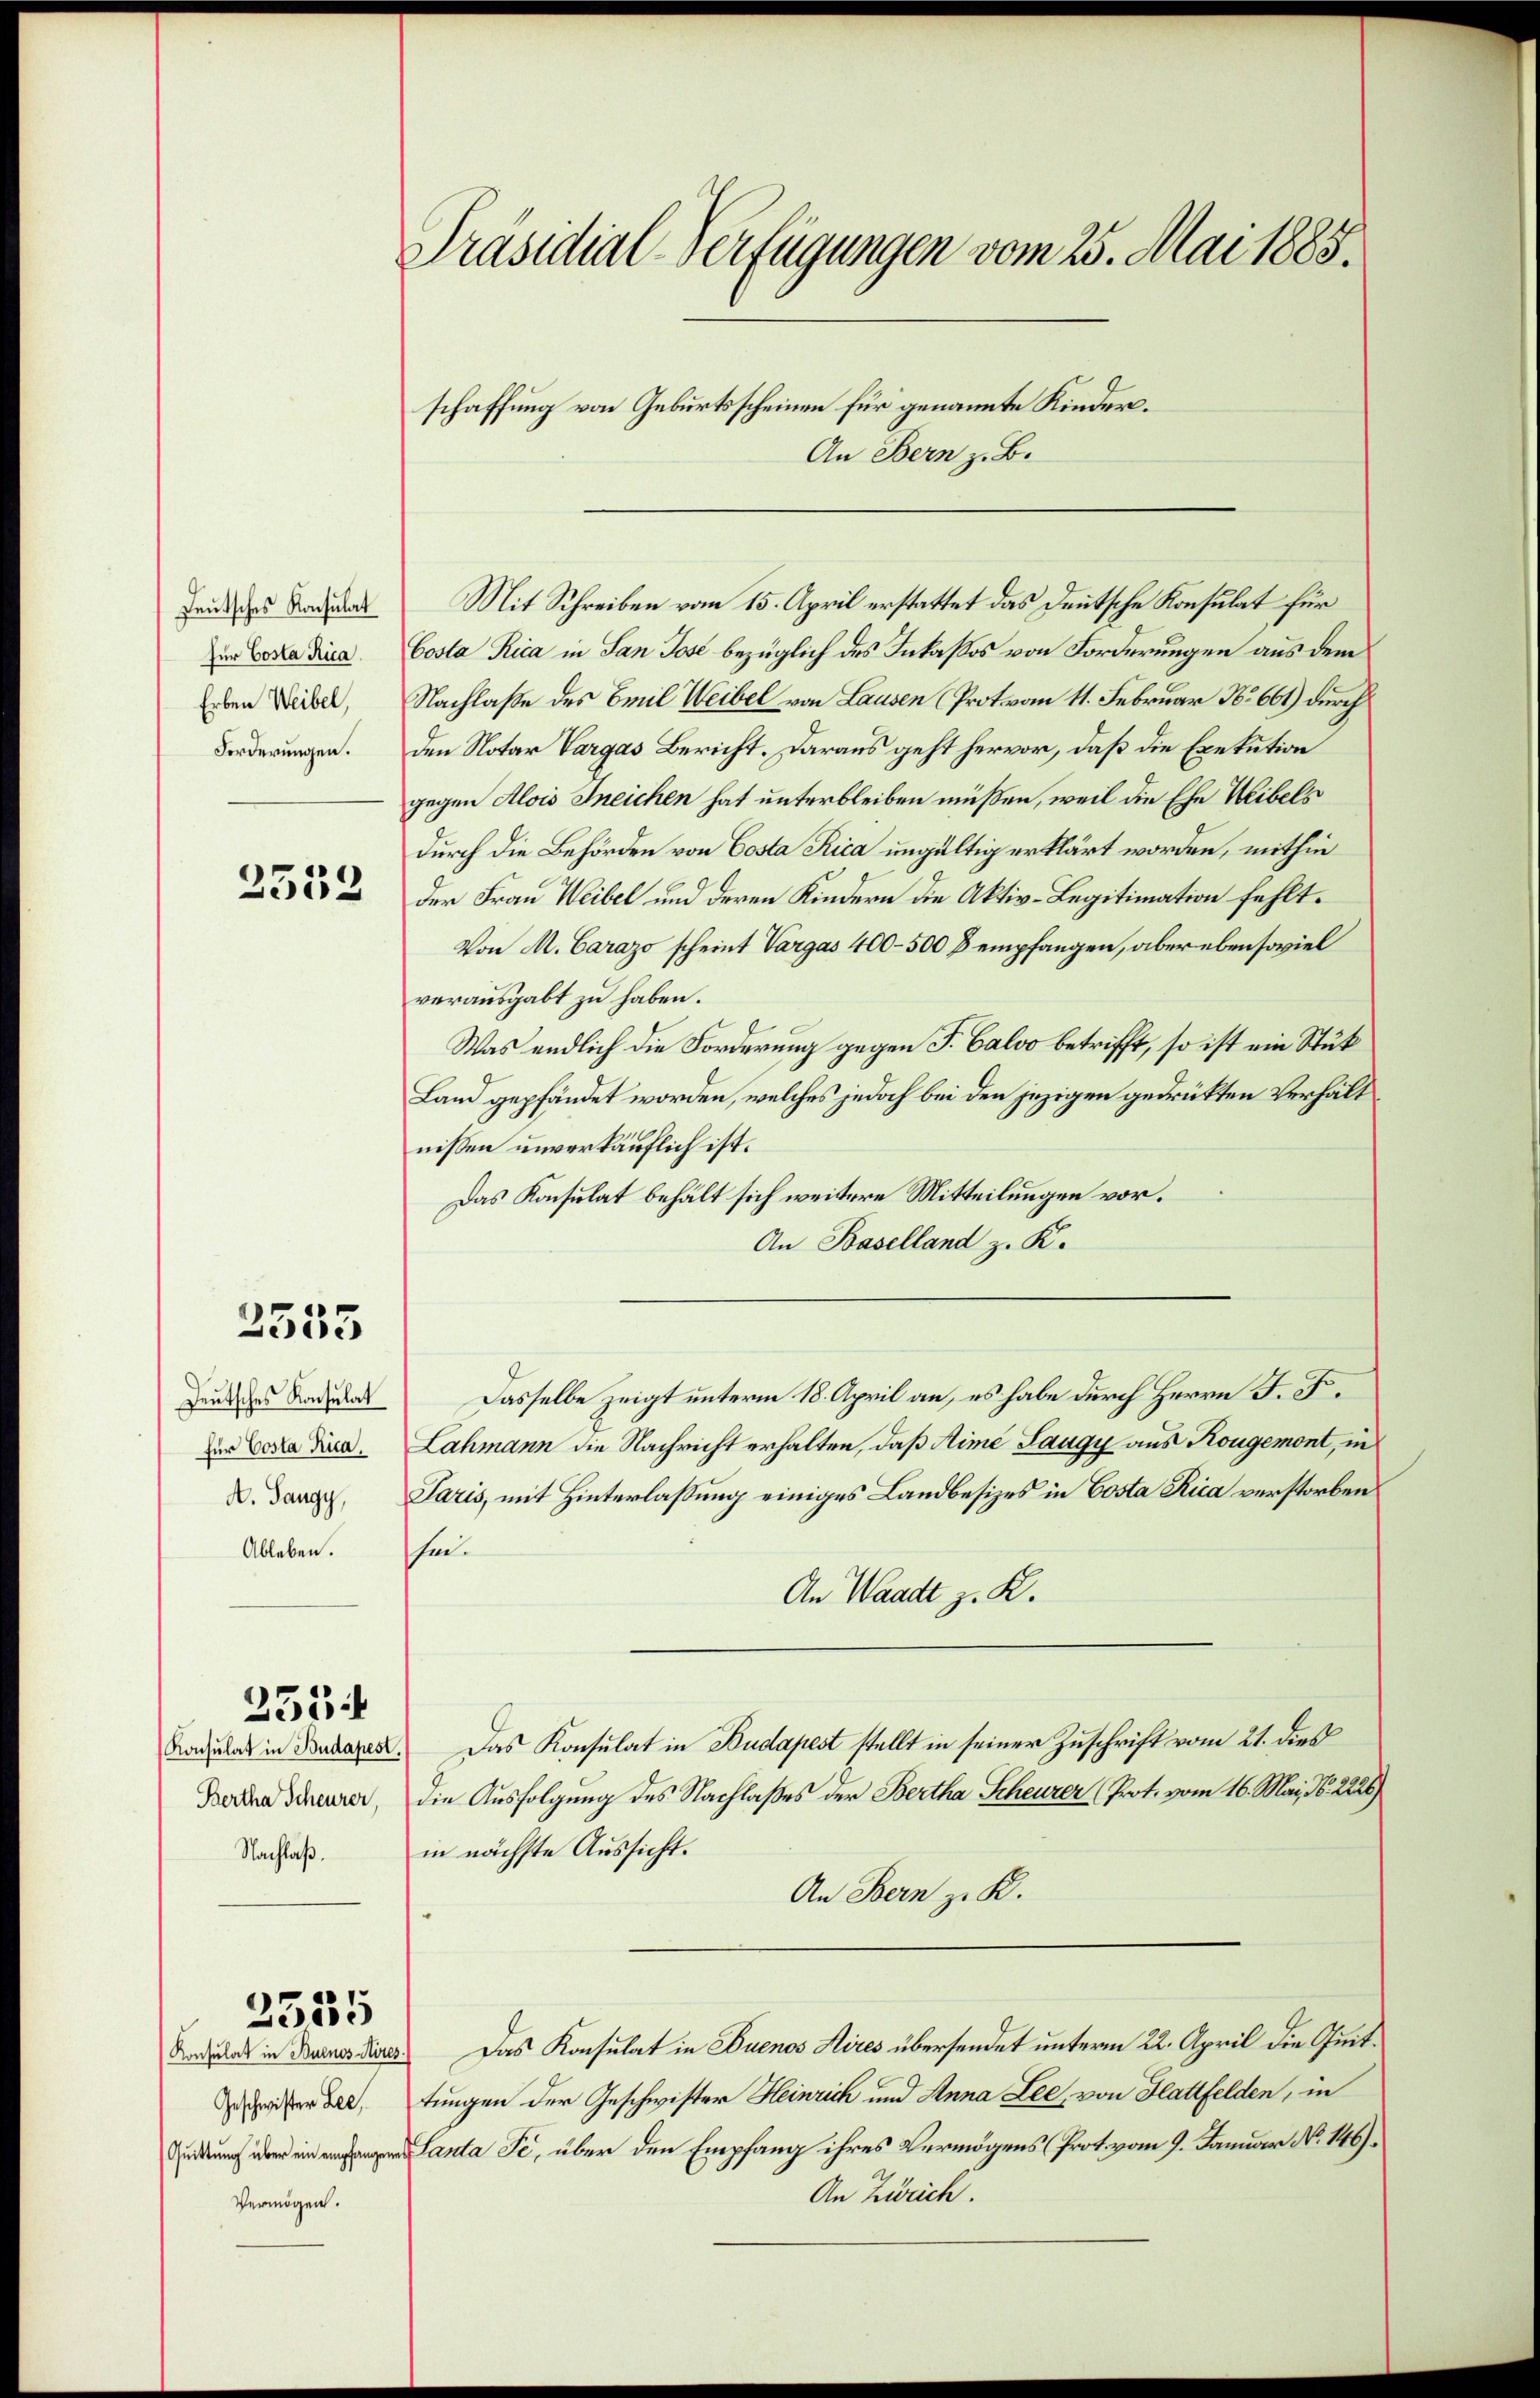
Teutsches Konsulat
für Costa Rica.
Erben Weibel,
Forderungen.

2533

2335

Deutsches Konsulat
für Costa Rica.
A. Sangy,
Ableben.

Konsulat in Budapest.
Bertha Scheurer,
Nachlaß.

255

2335

Geschwister Lez
Vermögen.

Präsidial-Verfügungen vom 25. Mai 1885.
schaffung von Geburtsscheinen für genannte Kinder.

Mit Schreiben vom 15. April erstattet das Deutsche Konsulat für
Costa Rica in San Jost bezüglich des Inkassos von Forderungen aus dem
Nachlaße des Emil Weibel von Lausen (Prot vom 11. Februar No. 661) durch
den Notar Vargas Bericht. Daraus geht hervor, daß die Exekution
gegen Alois Kneichen hat unterbleiben müßen, weil die Ehe Weibels
durch die Behörden von Costa Rica ungültig erklärt worden, mithin
der Frau Weibel und deren Kindern die Aktiv-Legitimation fehlt.
Von M. Carazo scheint Vargas 400–500 B empfangen, aber ebensoviel
verausgabt zu haben.
Was endlich die Forderung gegen J. Calvo betrifft, so ist ein Stük
Land gepfändet worden, welches jedoch bei den jezigen gedrükten Verhält
nissen unverkäuflich ist.
Das Konsulat behält sich weitere Mitteilungen vor.
An Baselland z. K.
Dasselbe zeigt unterm 18. April an, es habe durch Herrn J. F.
Lahmann die Nachricht erhalten, daß Sime Saugy aus Kongemont, in
Saris, mit Hinterlassung einiges Landbesizes in Costa Rica verstorben
shene
An Waadt z. K.
Das Konsulat in Budapest stellt in seiner Zuschrift vom 21. dies
die Ausfolgung des Nachlaßes der Bertha Scheurer (Prot. vom 16. Mai, N. 2226)
in nächste Aussicht.
An Bern z. K.
Nodulas in Deines dies Das Konsulat in Euenos Aires übersendet unterm 22. April die Quittungen der Geschwister Heinrich und Anna Lee, von Hattfelden, in
anta Se. über den Empfang ihres Vermögens (Prot. vom 9. Januar No. 146).
An Zürich.

An Bern z. B.